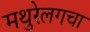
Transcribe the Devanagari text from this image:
मथुरेलगचा